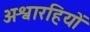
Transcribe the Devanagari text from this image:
अश्वारहियों